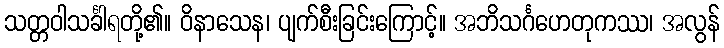
သတ္တဝါသင်္ခါရတို့၏။ ဝိနာသေန၊ ပျက်စီးခြင်းကြောင့်။ အဘိသင်္ဂဟေတုကဿ၊ အလွန်